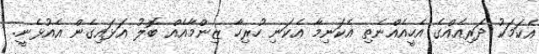
އެކަމަކު ދަރިއެއްގެ އެހީއެއްނެތި އެކަނިމާ އެކަނި ހުރިހާ ޒިންމާއެއް ބޮލު އަޅައިގެން އެއުޅެނީ.